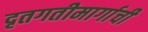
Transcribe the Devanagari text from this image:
दृतगतीमार्गाची